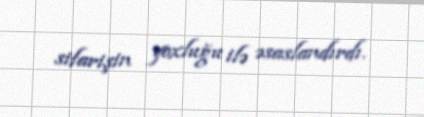
sifarişin yoxluğu ilə əsaslandırdı.